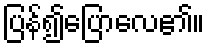
ပြန်၍ပြောလေ၏။